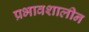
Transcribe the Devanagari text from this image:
प्रभावशालीन